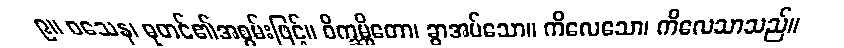
၉။ ဝသေန၊ ဓုတင်၏အစွမ်းဖြင့်။ ဝိက္ခမ္ဘိတော၊ ခွာအပ်သော။ ကိလေသော၊ ကိလေသာသည်။